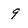
Character: 9